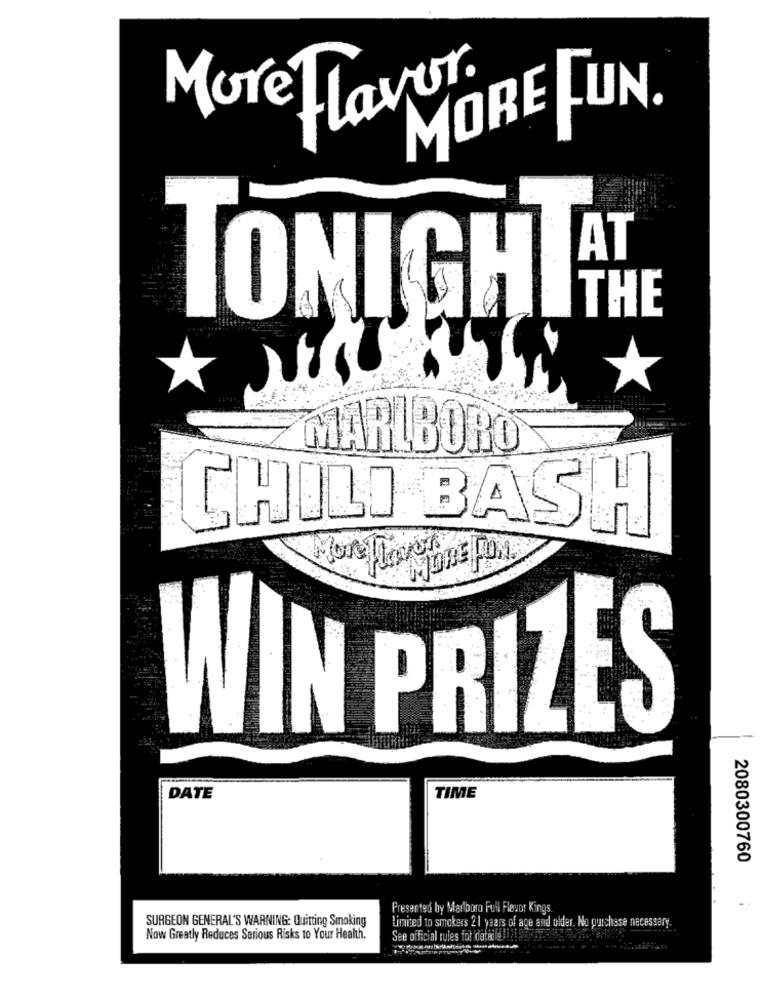
Mure Flavor
MORE
LUN.
AT
THE
TONIGH
MARLBORO
CHILI BASH
WIN PRIZES
DATE
TIME
2080300760
Presented by Marlboro Full Flavor Kings.
SURGEON GENERAL'S WARNING: Quitting Smoking
Limited to smokers 21 years of age and older. No purchase necessary.
Now Greatly Reduces Serious Risks to Your Health.
See official rules for details !!!!